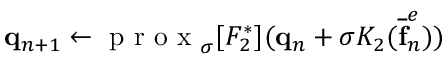
\mathbf { q } _ { n + 1 } \leftarrow \textrm { p r o x } _ { \sigma } [ F _ { 2 } ^ { * } ] ( \mathbf { q } _ { n } + \sigma K _ { 2 } ( \mathbf { \overline { { f } } } _ { n } ^ { e } ) )